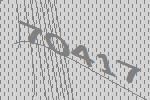
70417